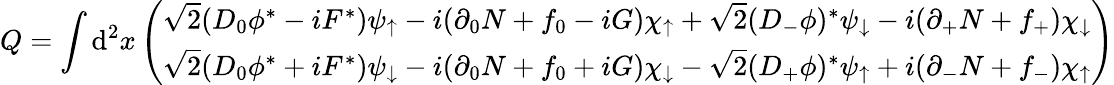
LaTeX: Q=\int\mathrm{d}^{2}x\left(\begin{array}{c}{{\sqrt{2}(D_{0}\phi^{*}-iF^{*})\psi_{\uparrow}-i(\partial_{0}N+f_{0}-iG)\chi_{\uparrow}+\sqrt{2}(D_{-}\phi)^{*}\psi_{\downarrow}-i(\partial_{+}N+f_{+})\chi_{\downarrow}}}\\ {{\sqrt{2}(D_{0}\phi^{*}+iF^{*})\psi_{\downarrow}-i(\partial_{0}N+f_{0}+iG)\chi_{\downarrow}-\sqrt{2}(D_{+}\phi)^{*}\psi_{\uparrow}+i(\partial_{-}N+f_{-})\chi_{\uparrow}}}\end{array}\right)